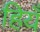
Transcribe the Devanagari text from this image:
हियँ